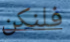
فلنكن